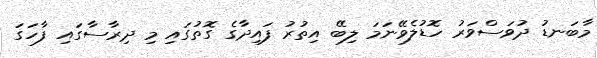
މާބަނޑު ދުވަސްވަރު ހޮޑުލެވޭނަމަ ލިބޭ އިތުރު ފައިދާގެ ގޮތުގައި މި ދިރާސާގައި ފާހަގަ